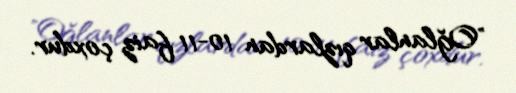
"Oğlanlar qızlardan 10-11 faiz çoxdur.